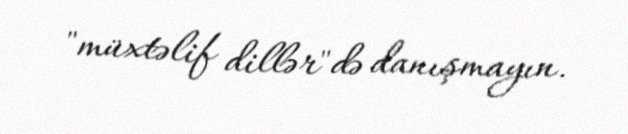
"müxtəlif dillər"də danışmayın.